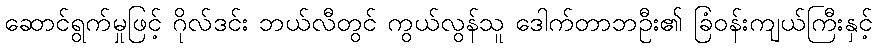
ဆောင်ရွက်မှုဖြင့် ဂိုလ်ဒင်း ဘယ်လီတွင် ကွယ်လွန်သူ ဒေါက်တာဘဦး၏ ခြံဝန်းကျယ်ကြီးနှင့်